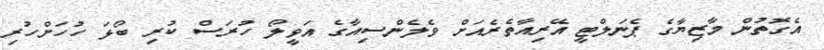
އެގޮތުން މާޒިޔާގެ ޕެނަލްޓީ އޭރިއާތެރެއަށް ވެލެންސިއާގެ އަވީލޯ ހުރަސް ކުރި ބޯޅަ ހުހަށްހުރި